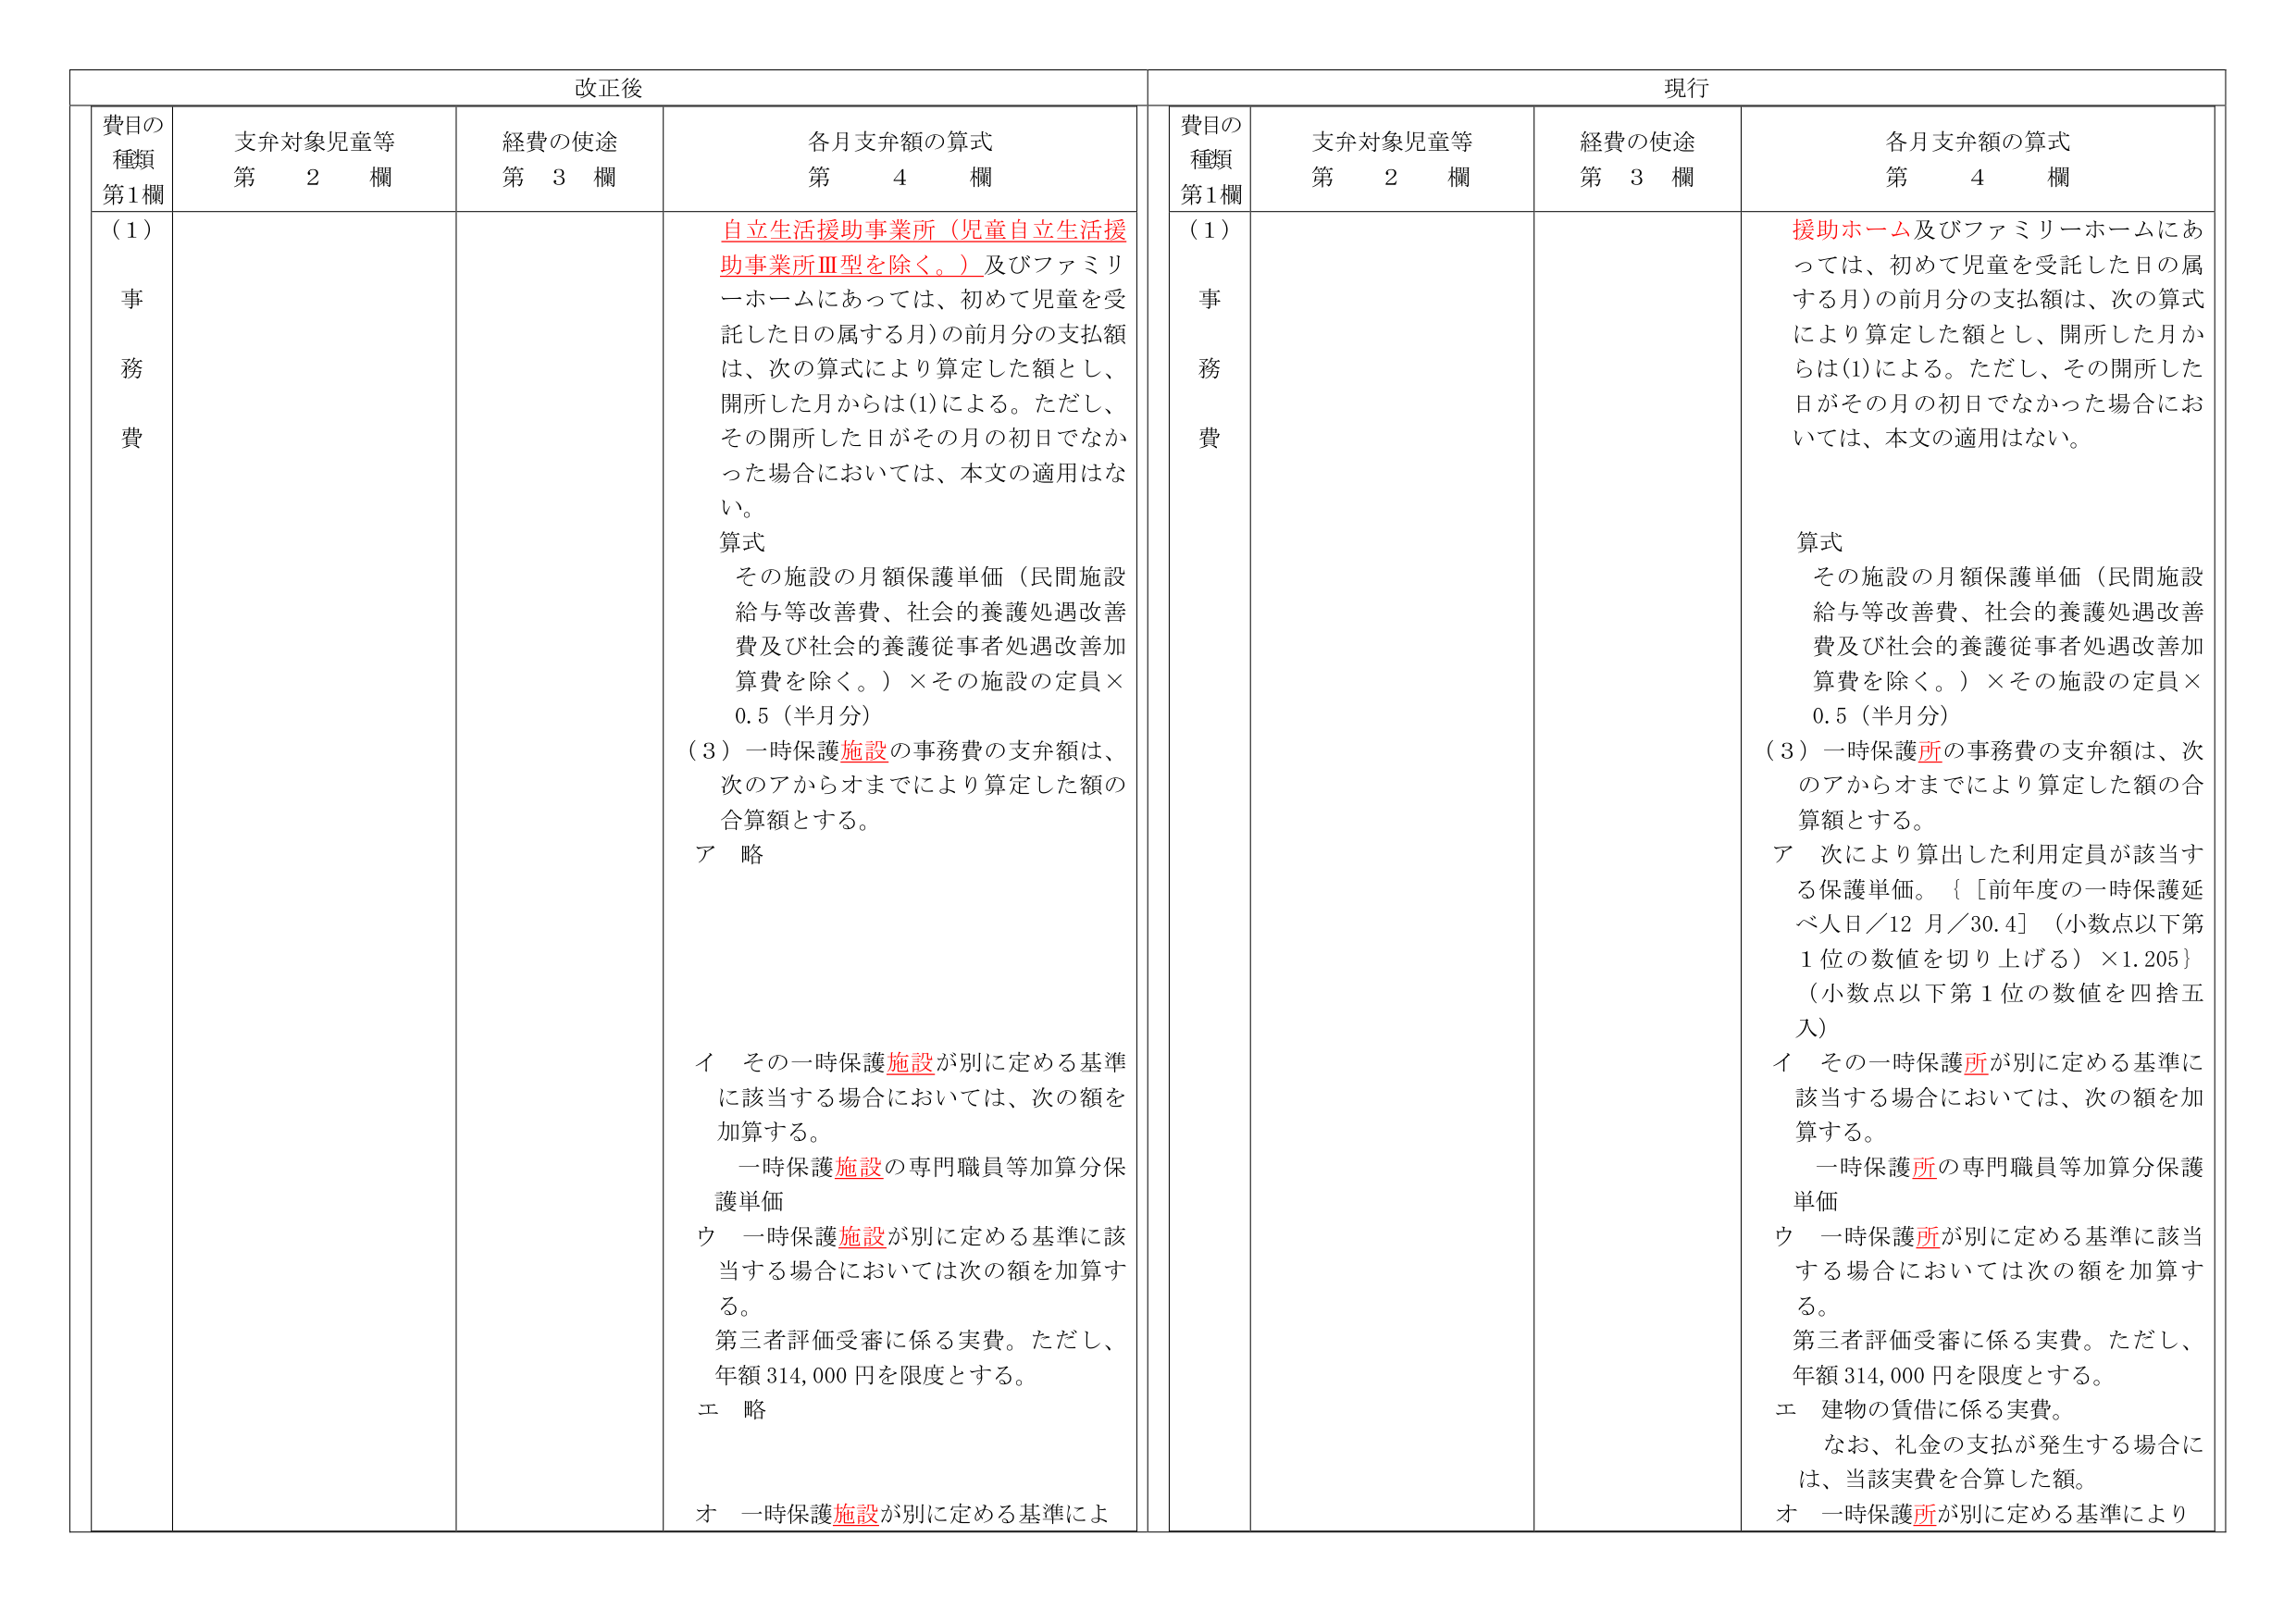
改正後

費目の
種類
第1欄

支弁対象児童等
第　2　欄

経費の使途
第　3　欄

各月支弁額の算式
第　4　欄

（1）
事
務
費

自立生活援助事業所（児童自立生活援助事業所Ⅲ型を除く。）及びファミリーホームにあっては、初めて児童を受託した日の属する月）の前月分の支払額は、次の算式により算定した額とし、開所した月からは(1)による。ただし、その開所した日がその月の初日でなかった場合においては、本文の適用はない。

算式
その施設の月額保護単価（民間施設給与等改善費、社会的養護処遇改善費及び社会的養護従事者処遇改善加算費を除く。）×その施設の定員×0.5（半月分）

（3）一時保護施設の事務費の支弁額は、次のアからオまでにより算定した額の合算額とする。
ア　略

イ　その一時保護施設が別に定める基準に該当する場合においては、次の額を加算する。
　一時保護施設の専門職員等加算分保護単価
ウ　一時保護施設が別に定める基準に該当する場合においては次の額を加算する。
　第三者評価受審に係る実費。ただし、年額314,000円を限度とする。
エ　略
オ　一時保護施設が別に定める基準によ

現行

費目の
種類
第1欄

支弁対象児童等
第　2　欄

経費の使途
第　3　欄

各月支弁額の算式
第　4　欄

（1）
事
務
費

援助ホーム及びファミリーホームにあっては、初めて児童を受託した日の属する月）の前月分の支払額は、次の算式により算定した額とし、開所した月からは(1)による。ただし、その開所した日がその月の初日でなかった場合においては、本文の適用はない。

算式
その施設の月額保護単価（民間施設給与等改善費、社会的養護処遇改善費及び社会的養護従事者処遇改善加算費を除く。）×その施設の定員×0.5（半月分）

（3）一時保護所の事務費の支弁額は、次のアからオまでにより算定した額の合算額とする。
ア　次により算出した利用定員が該当する保護単価。｛［前年度の一時保護延べ人日／12月／30.4］（小数点以下第1位の数値を切り上げる）×1.205｝（小数点以下第1位の数値を四捨五入）
イ　その一時保護所が別に定める基準に該当する場合においては、次の額を加算する。
　一時保護所の専門職員等加算分保護単価
ウ　一時保護所が別に定める基準に該当する場合においては次の額を加算する。
　第三者評価受審に係る実費。ただし、年額314,000円を限度とする。
エ　建物の賃借に係る実費。
　　なお、礼金の支払が発生する場合には、当該実費を合算した額。
オ　一時保護所が別に定める基準により